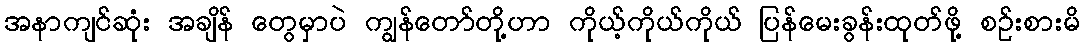
အနာကျင်ဆုံး အချိန် တွေမှာပဲ ကျွန်တော်တို့ဟာ ကိုယ့်ကိုယ်ကိုယ် ပြန်မေးခွန်းထုတ်ဖို့ စဉ်းစားမိ